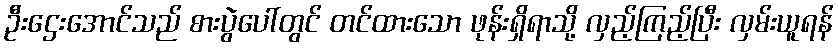
ဦးဌေးအောင်သည် စားပွဲပေါ်တွင် တင်ထားသော ဖုန်းရှိရာသို့ လှည့်ကြည့်ပြီး လှမ်းယူရန်